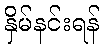
နှိမ်နင်းရန်